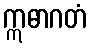
ဣဓာဂတံ